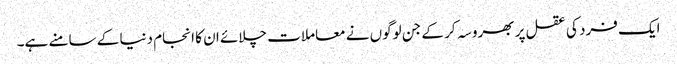
ایک فرد کی عقل پر بھروسہ کر کے جن لوگوں نے معاملات چلائے ان کا انجام دنیا کے سامنے ہے۔